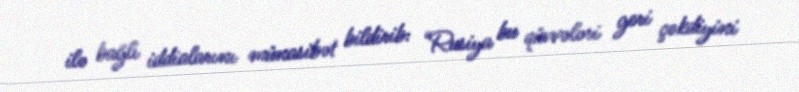
ilə bağlı iddialarını münasibət bildirib: “Rusiya bu qüvvələri geri çəkdiyini